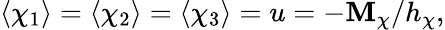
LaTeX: \langle\chi_{1}\rangle=\langle\chi_{2}\rangle=\langle\chi_{3}\rangle=u=-\mathbf{M}_{\chi}/h_{\chi},